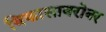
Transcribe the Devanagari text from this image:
विकासाबरोबर